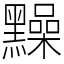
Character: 䵲